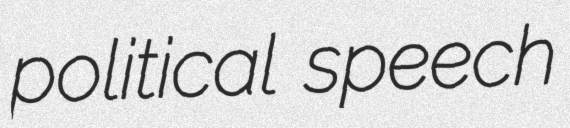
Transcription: political speech